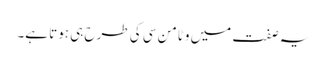
یہ صفت میں وٹامن سی کی طرح ہی ہوتا ہے۔